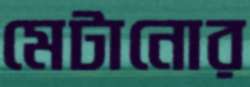
মেটানোর